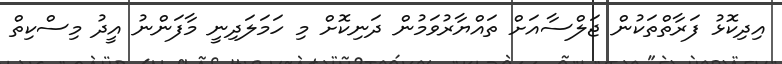
އިދިކޮޅު ފަރާތްތަކުން ޖަލްސާއަށް ތައްޔާރުވަމުން ދަނިކޮށް މި ހަމަލަދިނީ މާފަންނު އީދު މިސްކިތް